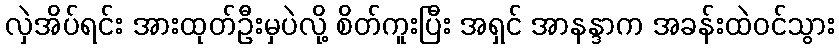
လှဲအိပ်ရင်း အားထုတ်ဦးမှပဲလို့ စိတ်ကူးပြီး အရှင် အာနန္ဒာက အခန်းထဲဝင်သွား